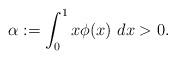
LaTeX: \begin{align*}\alpha:=\int_0^1 x \phi(x)~dx >0.\end{align*}